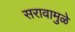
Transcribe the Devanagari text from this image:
सरावामुळे